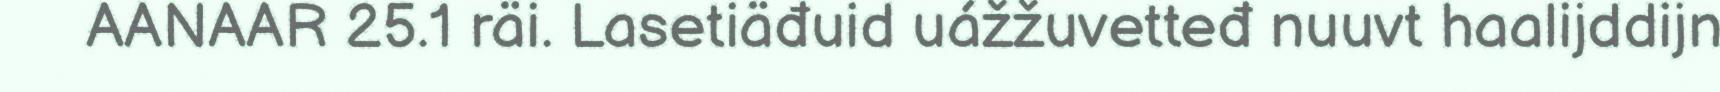
AANAAR 25.1 räi. Lasetiäđuid uážžuvetteđ nuuvt haalijddijn